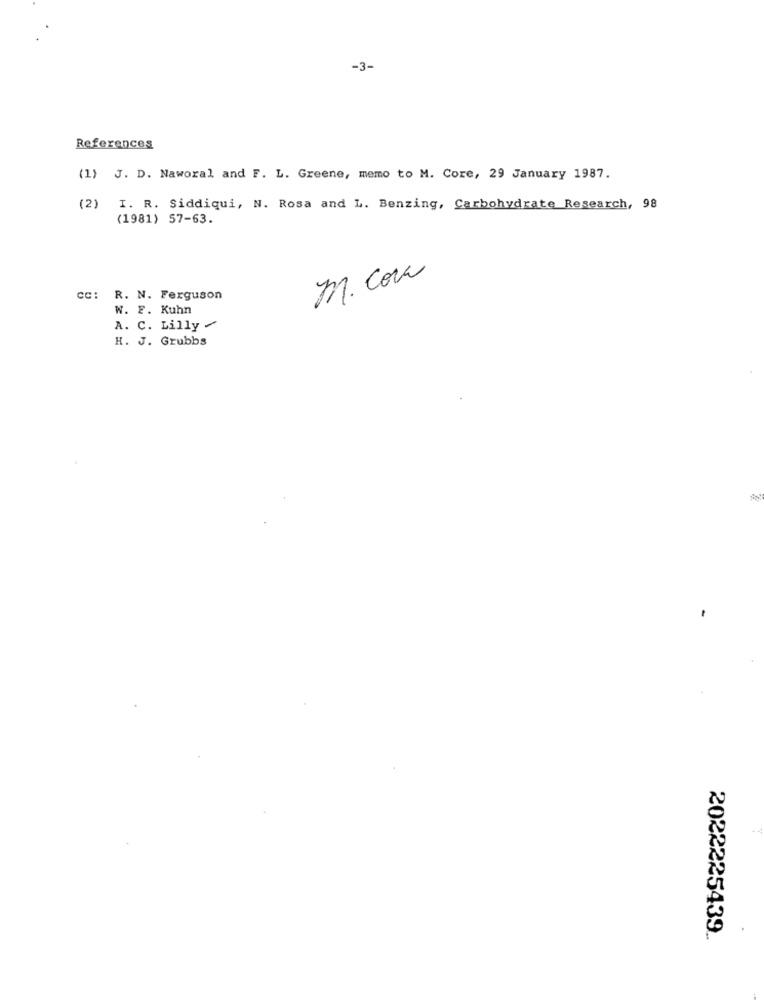
-3-
References
(1) J. D. Naworal and F. L. Greene, memo to M. Core, 29 January 1987.
(2) I. R. Siddiqui, N. Rosa and L. Benzing, Carbohydrate Research, 98
(1981) 57-63.
m. Com
cc: R. N. Ferguson
W. F. Kuhn
A. C. Lilly
H. J. Grubbs
2022225439 ..